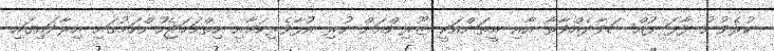
ކުރެވުނު ފާފަ ފުއްސަވާދެއްވާތޯ އާއި އީތަންއަކީ ޒޫރިންއަށް ހުރި އުފާވެރިކަމާއި ހިތްހަމަޖެހުންކަމުގައި އިރާދައިގައި